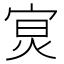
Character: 𡨶